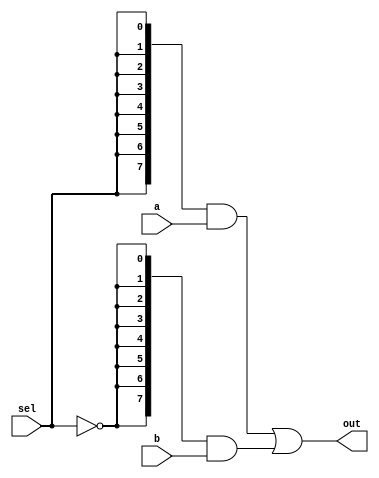
// This program was cloned from: https://github.com/viduraakalanka/HDL-Bits-Solutions
// License: The Unlicense

module top_module (
    input sel,
    input [7:0] a,
    input [7:0] b,
    output [7:0] out  );

    assign out = ({8{sel}} & a) | ({8{~sel}} & b);

endmodule